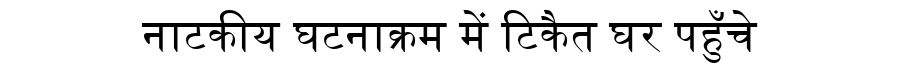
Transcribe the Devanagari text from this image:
नाटकीय घटनाक्रम में टिकैत घर पहुँचे